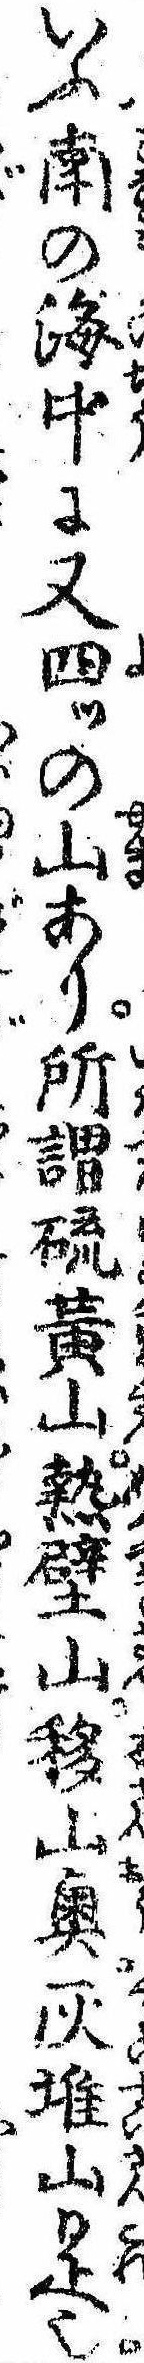
いふ南の海中に又四ツの山あり所謂硫黄山熱壁山移山奥灰堆山是也